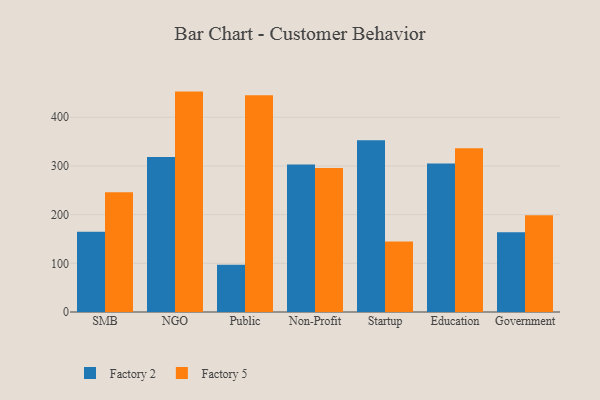
{"axis": {"x": "Segment", "y": "Budget (USD K)"}, "legend": ["Factory 2", "Factory 5"], "data": [{"x": "SMB", "y": 164.6, "type": "Factory 2"}, {"x": "SMB", "y": 246.1, "type": "Factory 5"}, {"x": "NGO", "y": 318.3, "type": "Factory 2"}, {"x": "NGO", "y": 452.7, "type": "Factory 5"}, {"x": "Public", "y": 97.3, "type": "Factory 2"}, {"x": "Public", "y": 445.3, "type": "Factory 5"}, {"x": "Non-Profit", "y": 302.9, "type": "Factory 2"}, {"x": "Non-Profit", "y": 295.9, "type": "Factory 5"}, {"x": "Startup", "y": 353.0, "type": "Factory 2"}, {"x": "Startup", "y": 144.9, "type": "Factory 5"}, {"x": "Education", "y": 305.0, "type": "Factory 2"}, {"x": "Education", "y": 336.1, "type": "Factory 5"}, {"x": "Government", "y": 163.7, "type": "Factory 2"}, {"x": "Government", "y": 198.6, "type": "Factory 5"}]}